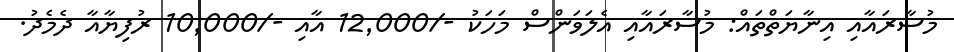
މުސާރައާއި އިނާޔަތްތައް: މުސާރައާއި އެލަވަންސް މަހަކު -/12